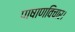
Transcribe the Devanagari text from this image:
पाषाणविचार।